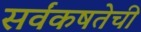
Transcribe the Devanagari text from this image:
सर्वंकषतेची